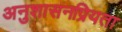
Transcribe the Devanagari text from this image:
अनुशासनप्रियता